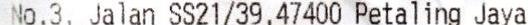
NO.3, JALAN SS21/39,  47400 PETALING JAYA